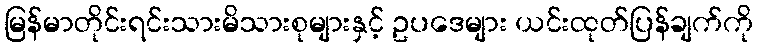
မြန်မာတိုင်းရင်းသားမိသားစုများနှင့် ဥပဒေများ ယင်းထုတ်ပြန်ချက်ကို